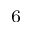
^ { 6 }